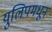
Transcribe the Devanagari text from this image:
युलिपमधून